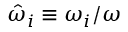
\hat { \omega } _ { i } \equiv \omega _ { i } / \omega